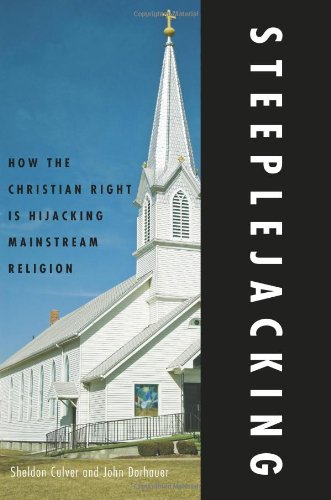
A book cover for Steeplejacking: How the Christian Right is Hijacking Mainstream Religion; Sheldon Culver; Religion & Spirituality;